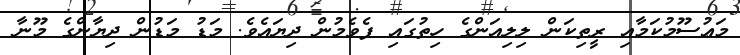
މަޢުސޫމުކަމާއި ރީތިކަން ލިލިއަންގެ ހިތުގައި ފެވެމުން ދިޔައެވެ. މަޑު މަޑުން ދިޔާންގެ މޫނާ